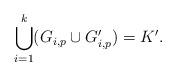
LaTeX: \begin{align*}\bigcup_{i = 1}^k (G_{i,p}\cup G_{i,p}') = K'.\end{align*}